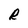
Character: R